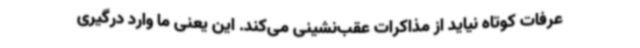
عرفات کوتاه نیاید از مذاکرات عقب‌نشینی می‌کند. این یعنی ما وارد درگیری